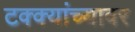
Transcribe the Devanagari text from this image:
टक्‍क्‍यांच्यावर